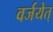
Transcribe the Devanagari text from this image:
वर्जयेत्